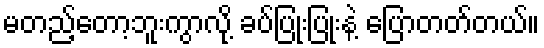
မတည့်တော့ဘူးကွာလို့ ခပ်ပြုံးပြုံးနဲ့ ပြောတတ်တယ်။